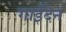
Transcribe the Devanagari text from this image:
गाईदेन